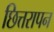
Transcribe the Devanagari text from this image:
छित्तरापन